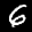
Label: 6